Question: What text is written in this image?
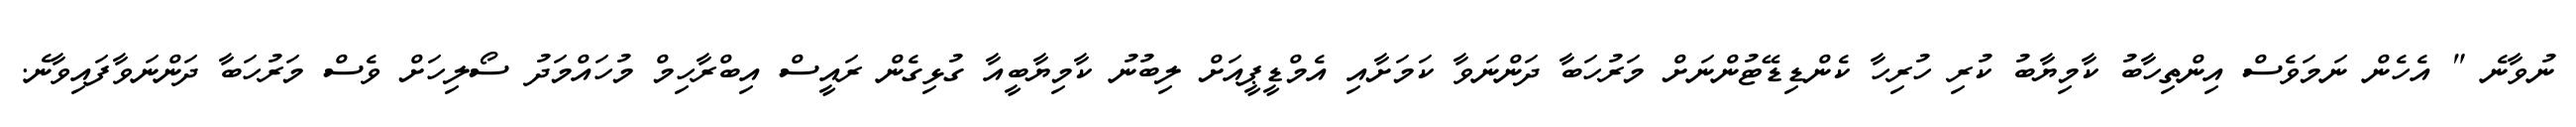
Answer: ނުވާނެ " އެހެން ނަމަވެސް އިންތިހާބު ކާމިޔާބު ކުރި ހުރިހާ ކެންޑިޑޭޓުންނަށް މަރުހަބާ ދަންނަވާ ކަމަށާއި އެމްޑީޕީއަށް ލިބުނު ކާމިޔާބީއާ ގުޅިގެން ރައީސް އިބްރާހިމް މުހައްމަދު ސޯލިހަށް ވެސް މަރުހަބާ ދަންނަވާފައިވާނެ.